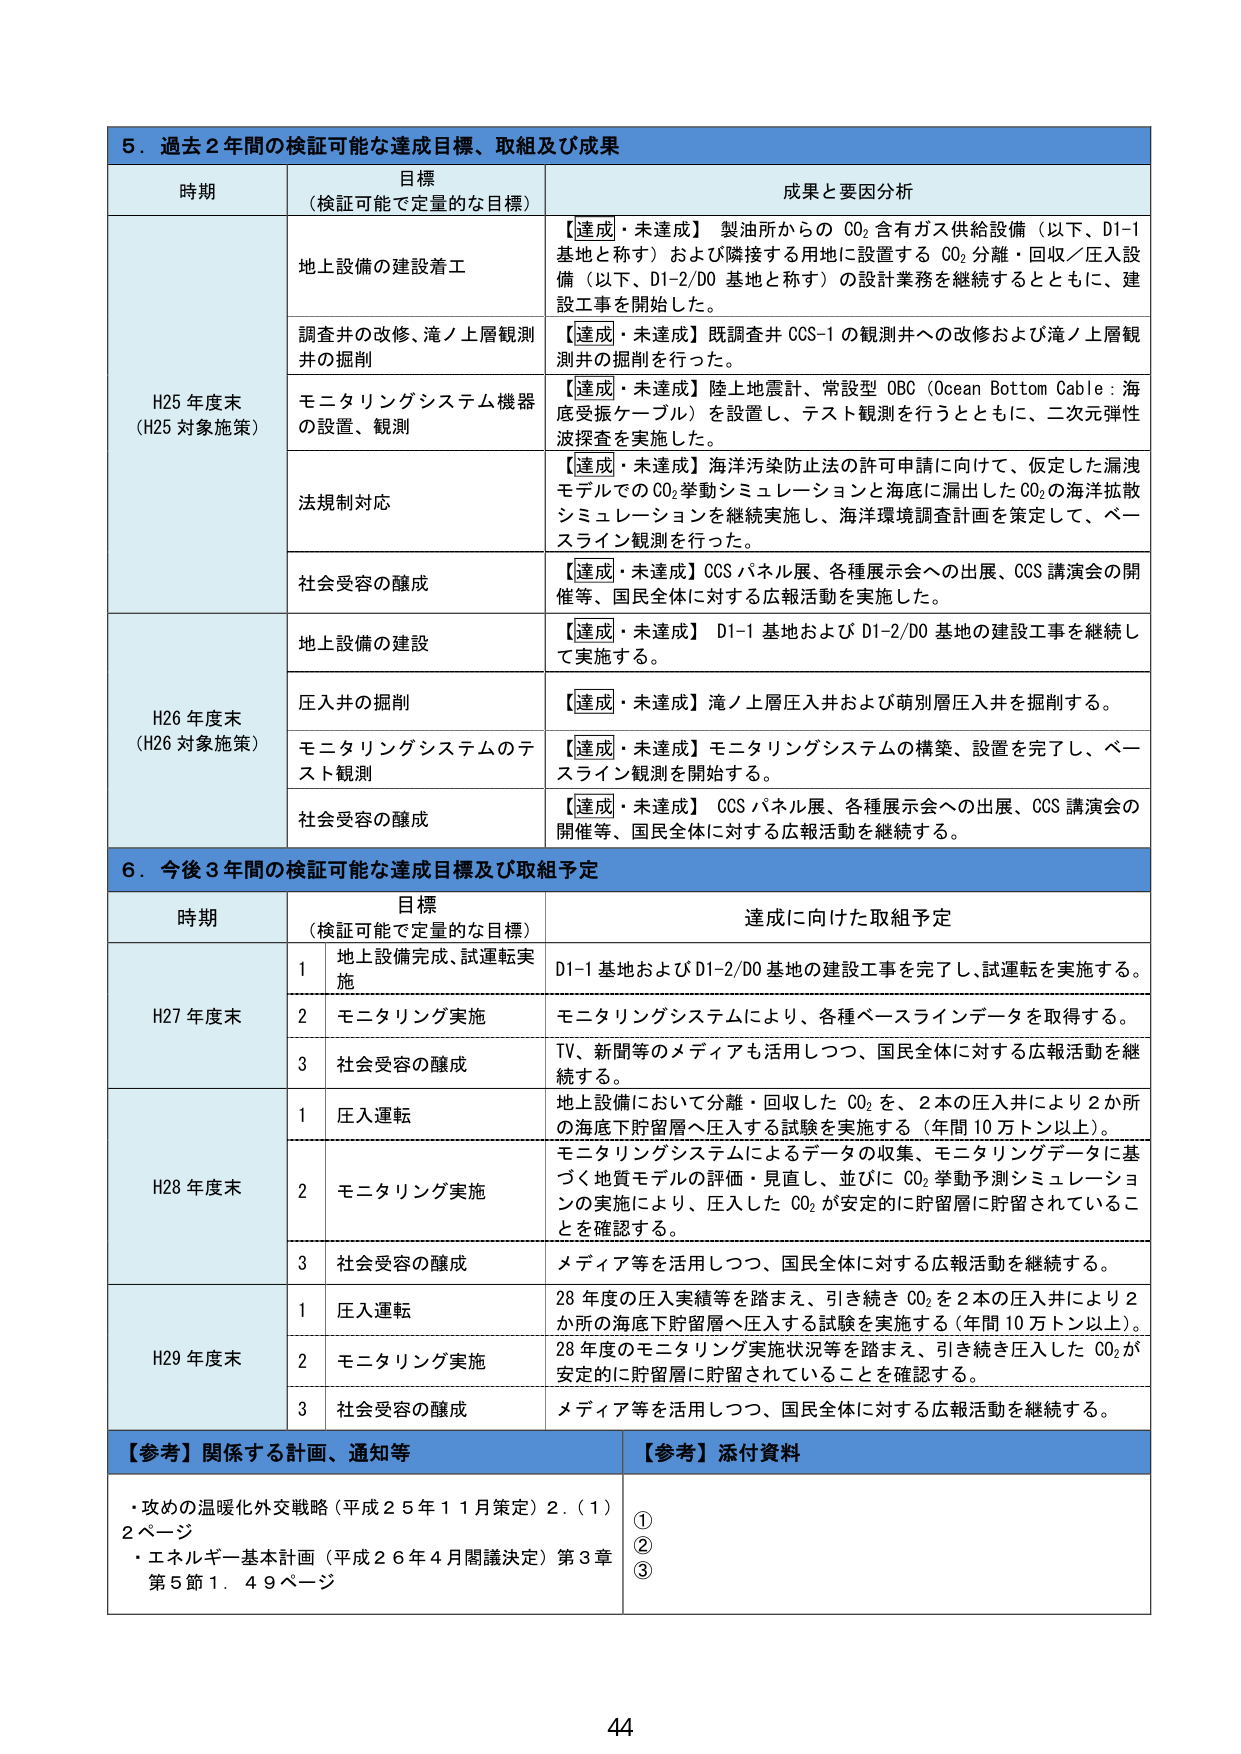
5．過去2年間の検証可能な達成目標、取組及び成果

時期 目標（検証可能で定量的な目標） 成果と要因分析

H25年度末（H25対象施策）
地上設備の建設着工 【達成・未達成】製油所からのCO₂含有ガス供給設備（以下、D1-1基地と称す）および隣接する用地に設置するCO₂分離・回収／圧入設備（以下、D1-2/D0基地と称す）の設計業務を継続するとともに、建設工事を開始した。
調査井の改修、滝ノ上層観測井の掘削 【達成・未達成】既調査井CCS-1の観測井への改修および滝ノ上層観測井の掘削を行った。
モニタリングシステム機器の設置、観測 【達成・未達成】陸上地震計、常設型OBC（Ocean Bottom Cable：海底受振ケーブル）を設置し、テスト観測を行うとともに、二次元弾性波探査を実施した。
法規制対応 【達成・未達成】海洋汚染防止法の許可申請に向けて、仮定した漏洩モデルでのCO₂挙動シミュレーションと海底に漏出したCO₂の海洋拡散シミュレーションを継続実施し、海洋環境調査計画を策定して、ベースライン観測を行った。
社会受容の醸成 【達成・未達成】CCSパネル展、各種展示会への出展、CCS講演会の開催等、国民全体に対する広報活動を実施した。

H26年度末（H26対象施策）
地上設備の建設 【達成・未達成】D1-1基地およびD1-2/D0基地の建設工事を継続して実施する。
圧入井の掘削 【達成・未達成】滝ノ上層圧入井および萌別層圧入井を掘削する。
モニタリングシステムのテスト観測 【達成・未達成】モニタリングシステムの構築、設置を完了し、ベースライン観測を開始する。
社会受容の醸成 【達成・未達成】CCSパネル展、各種展示会への出展、CCS講演会の開催等、国民全体に対する広報活動を継続する。

6．今後3年間の検証可能な達成目標及び取組予定

時期 目標（検証可能で定量的な目標） 達成に向けた取組予定

H27年度末
1 地上設備完成、試運転実施 D1-1基地およびD1-2/D0基地の建設工事を完了し、試運転を実施する。
2 モニタリング実施 モニタリングシステムにより、各種ベースラインデータを取得する。
3 社会受容の醸成 TV、新聞等のメディアも活用しつつ、国民全体に対する広報活動を継続する。

H28年度末
1 圧入運転 地上設備において分離・回収したCO₂を、2本の圧入井により2か所の海底下貯留層へ圧入する試験を実施する（年間10万トン以上）。
2 モニタリング実施 モニタリングシステムによるデータの収集、モニタリングデータに基づく地質モデルの評価・見直し、並びにCO₂挙動予測シミュレーションの実施により、圧入したCO₂が安定的に貯留層に貯留されていることを確認する。
3 社会受容の醸成 メディア等を活用しつつ、国民全体に対する広報活動を継続する。

H29年度末
1 圧入運転 28年度の圧入実績等を踏まえ、引き続きCO₂を2本の圧入井により2か所の海底下貯留層へ圧入する試験を実施する（年間10万トン以上）。
2 モニタリング実施 28年度のモニタリング実施状況等を踏まえ、引き続き圧入したCO₂が安定的に貯留層に貯留されていることを確認する。
3 社会受容の醸成 メディア等を活用しつつ、国民全体に対する広報活動を継続する。

【参考】関係する計画、通知等 【参考】添付資料
・攻めの温暖化外交戦略（平成25年11月策定）2．（1）2ページ ①
・エネルギー基本計画（平成26年4月閣議決定）第3章第5節1．49ページ ②
③

44